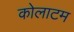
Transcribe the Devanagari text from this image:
कोलाटम